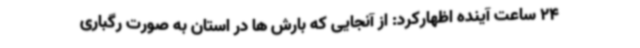
24 ساعت آینده اظهارکرد: از آنجایی که بارش ها در استان به صورت رگباری